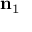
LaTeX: \mathbf { n } _ { 1 }